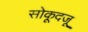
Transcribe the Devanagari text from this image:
सोकूदजू